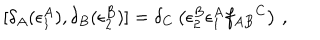
[ \delta _ { A } ( \epsilon _ { 1 } ^ { A } ) , \delta _ { B } ( \epsilon _ { 2 } ^ { B } ) ] = \delta _ { C } \left( \epsilon _ { 2 } ^ { B } \epsilon _ { 1 } ^ { A } f _ { A B } { } ^ { C } \right) \, ,